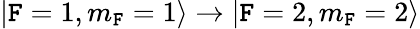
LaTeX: |\mathtt{F}=1,m_{\mathtt{F}}=1\rangle\rightarrow|\mathtt{F}=2,m_{\mathtt{F}}=2\rangle